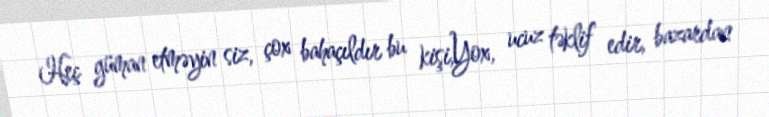
Heç güman etməyin siz, çox bahaçıldır bu kişi,Yox, ucuz təklif edir, bazardan